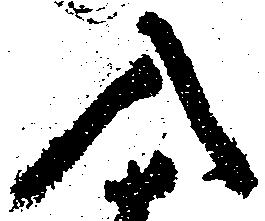
入